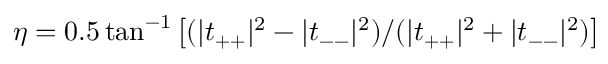
\eta = 0 . 5 \tan ^ { - 1 } \left[ ( | t _ { + + } | ^ { 2 } - | t _ { -- } | ^ { 2 } ) / ( | t _ { + + } | ^ { 2 } + | t _ { -- } | ^ { 2 } ) \right]